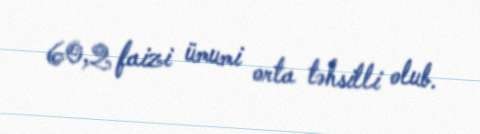
60,2 faizi ümumi orta təhsilli olub.